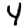
Digit: 4